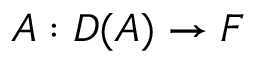
A : D ( A ) \to F